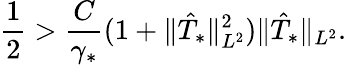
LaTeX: \frac{1}{2}>\frac{C}{\gamma_{*}}(1+\Vert\hat{T}_{*}\Vert_{L^{2}}^{2})\Vert\hat{T}_{*}\Vert_{L^{2}}.